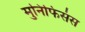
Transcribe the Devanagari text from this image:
मुनिफिसंस